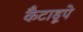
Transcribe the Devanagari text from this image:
कैटाडूपे